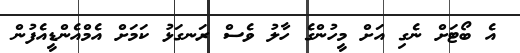
އެ ބޯޓަށް ނެގި އަށް މީހުންގެ ހާލު ވެސް ރަނގަޅު ކަމަށް އެމްއެންޑީއެފުން